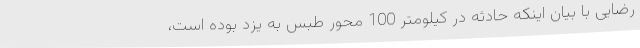
رضایی با بیان اینکه حادثه در کیلومتر 100 محور طبس به یزد بوده است،